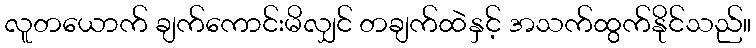
လူတယောက် ချက်ကောင်းမိလျှင် တချက်ထဲနှင့် အသက်ထွက်နိုင်သည်။